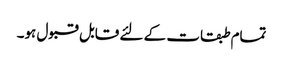
تمام طبقات کے لئے قابل قبول ہو۔